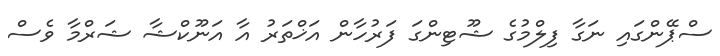
ސްޕޭންގައި ނަގާ ފިލްމުގެ ޝޫޓިންގަ ފަރުހާން އަޚްތަރު އާ އަނޫކްޝާ ޝަރްމާ ވެސް